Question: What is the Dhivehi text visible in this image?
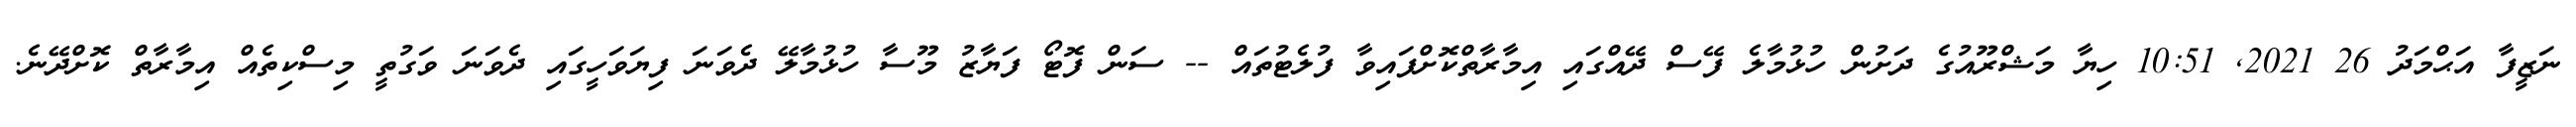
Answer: ނަޒީފާ އަޙްމަދު 26 2021, 10:51 ހިޔާ މަޝްރޫއުގެ ދަށުން ހުޅުމާލެ ފޭސް ދޭއްގައި އިމާރާތްކޮށްފައިވާ ފުލެޓުތައް -- ސަން ފޮޓޯ ފަޔާޒު މޫސާ ހުޅުމާލޭ ދެވަނަ ފިޔަވަހީގައި ދެވަނަ ވަގުތީ މިސްކިތެއް އިމާރާތް ކޮށްދޭނެ.